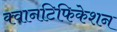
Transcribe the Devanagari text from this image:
क्वानटिफिकेशन